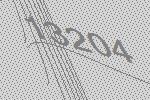
13204